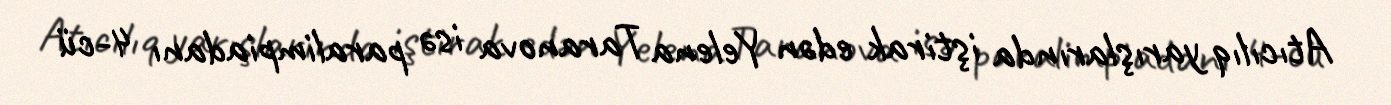
Atıcılıq yarışlarında iştirak edən Yelena Taranova isə paralimpiadanı 4-cü